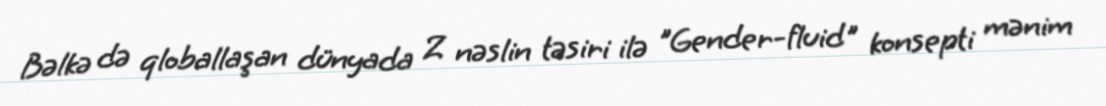
Bəlkə də qloballaşan dünyada Z nəslin təsiri ilə "Gender-fluid" konsepti mənim